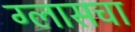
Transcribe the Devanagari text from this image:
ग्लासचा